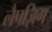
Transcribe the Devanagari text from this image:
लैपज़िग